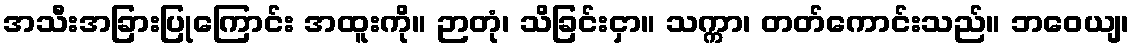
အသီးအခြားပြုကြောင်း အထူးကို။ ဉာတုံ၊ သိခြင်းငှာ။ သက္ကာ၊ တတ်ကောင်းသည်။ ဘဝေယျ၊